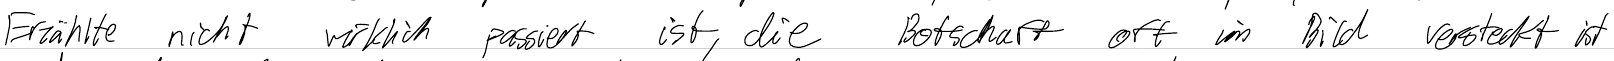
Erzählte nicht wirklich passiert ist, die Botschaft oft im Bild versteckt ist